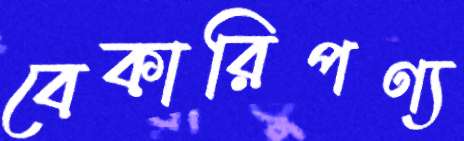
বেকারিপণ্য